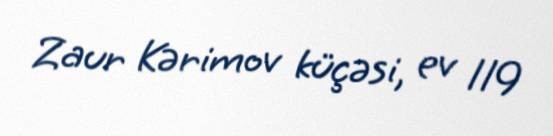
Zaur Kərimov küçəsi, ev 119